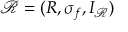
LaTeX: { \mathcal { R } } = ( R , \sigma _ { f } , I _ { \mathcal { R } } )